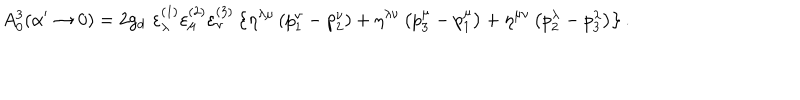
LaTeX: A _ { 0 } ^ { 3 } ( \alpha ^ { \prime } \rightarrow 0 ) = 2 g _ { d } \, \, \varepsilon _ { \lambda } ^ { ( 1 ) } \varepsilon _ { \mu } ^ { ( 2 ) } \varepsilon _ { \nu } ^ { ( 3 ) } \left\{ \eta ^ { \lambda \mu } \left( p _ { 1 } ^ { \nu } - p _ { 2 } ^ { \nu } \right) + \eta ^ { \lambda \nu } \left( p _ { 3 } ^ { \mu } - p _ { 1 } ^ { \mu } \right) + \eta ^ { \mu \nu } \left( p _ { 2 } ^ { \lambda } - p _ { 3 } ^ { \lambda } \right) \right\} .